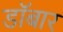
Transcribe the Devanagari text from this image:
डॉबार